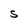
Character: S